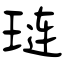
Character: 琏